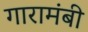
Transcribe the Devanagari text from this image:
गारामंबी